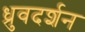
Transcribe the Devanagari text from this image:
ध्रुवदर्शन